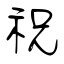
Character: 祝